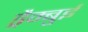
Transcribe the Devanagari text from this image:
ड्रैम्बुई